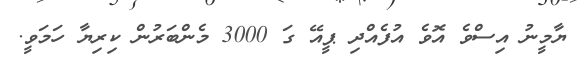
ޔާމީނު އިސްވެ އޮވެ އުފެއްދި ޕީއޭ ގަ 3000 މެންބަރުން ކިރިޔާ ހަމަވީ.